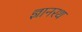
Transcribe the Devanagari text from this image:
ज्ञानरथ